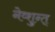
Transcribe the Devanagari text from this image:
नेव्शुन्त्